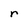
Character: r